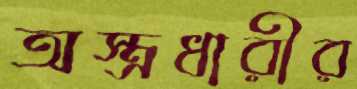
অস্ত্রধারীর